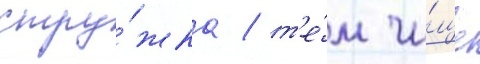
стру́жка / т'е́м чи́ще